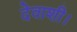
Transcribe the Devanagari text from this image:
देवाशी।